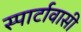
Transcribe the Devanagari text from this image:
स्पार्टावासी